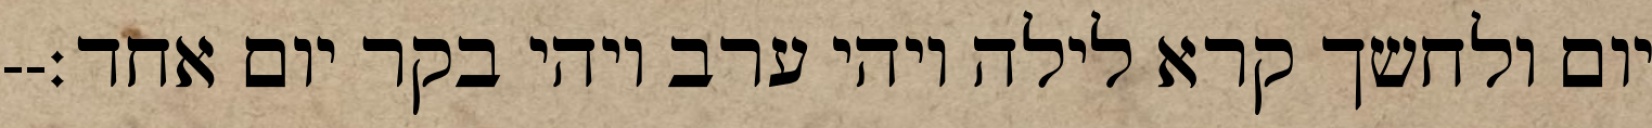
יום ולחשך קרא לילה ויהי ערב ויהי בקר יום אחד׃--